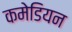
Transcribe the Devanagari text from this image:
कमेडियन